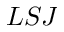
L S J